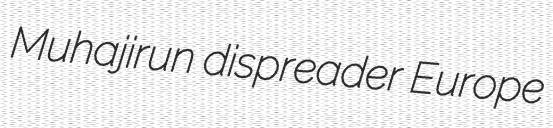
Muhajirun dispreader Europe